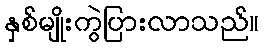
နှစ်မျိုးကွဲပြားလာသည်။